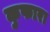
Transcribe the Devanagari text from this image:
कुफारा